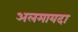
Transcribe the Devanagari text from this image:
अलमायदा